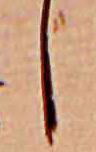
し